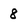
Character: 8